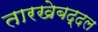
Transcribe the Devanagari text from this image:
तारखेबद्दल